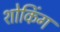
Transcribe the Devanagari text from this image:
शोकिंग